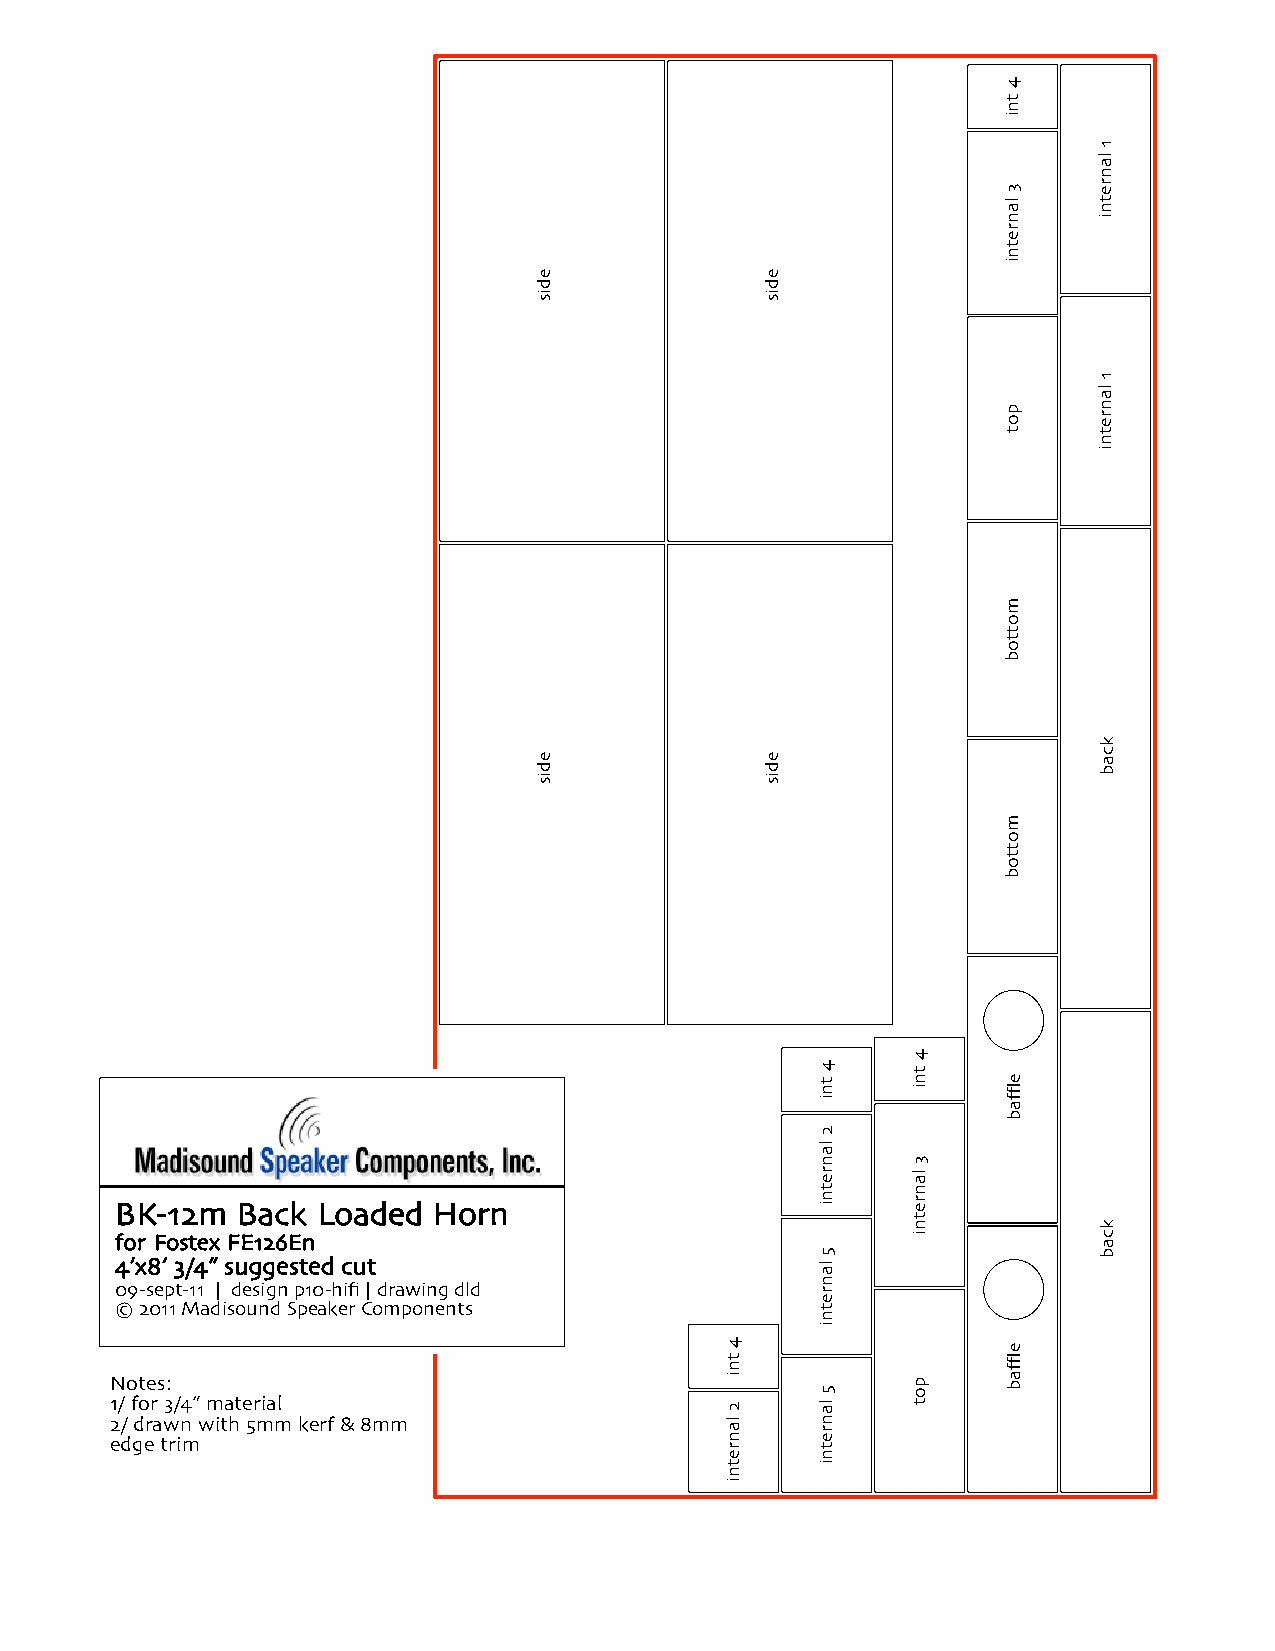
BK-12m  Back Loaded  Horn
 for Fostex FE126En
 4’x8’ 3/4” suggested cut
 09-sept-11 | design p10-hifi | drawing dld
 © 2011 Madisound Speaker Components
 Notes:
 1/ for 3/4” material
 2/ drawn with 5mm kerf & 8mm
 edge trim
 edis
 edis
 4
 tni
 2
 lanretni
 edis
 edis
 4
 tni
 2
 lanretni
 5
 lanretni
 5
 lanretni
 4
 tni
 3
 lanretni
 pot
 4
 tni
 3
 lanretni
 pot
 mottob
 mottob
 efflab
 efflab
 1
 lanretni
 1
 lanretni
 kcab
 kcab